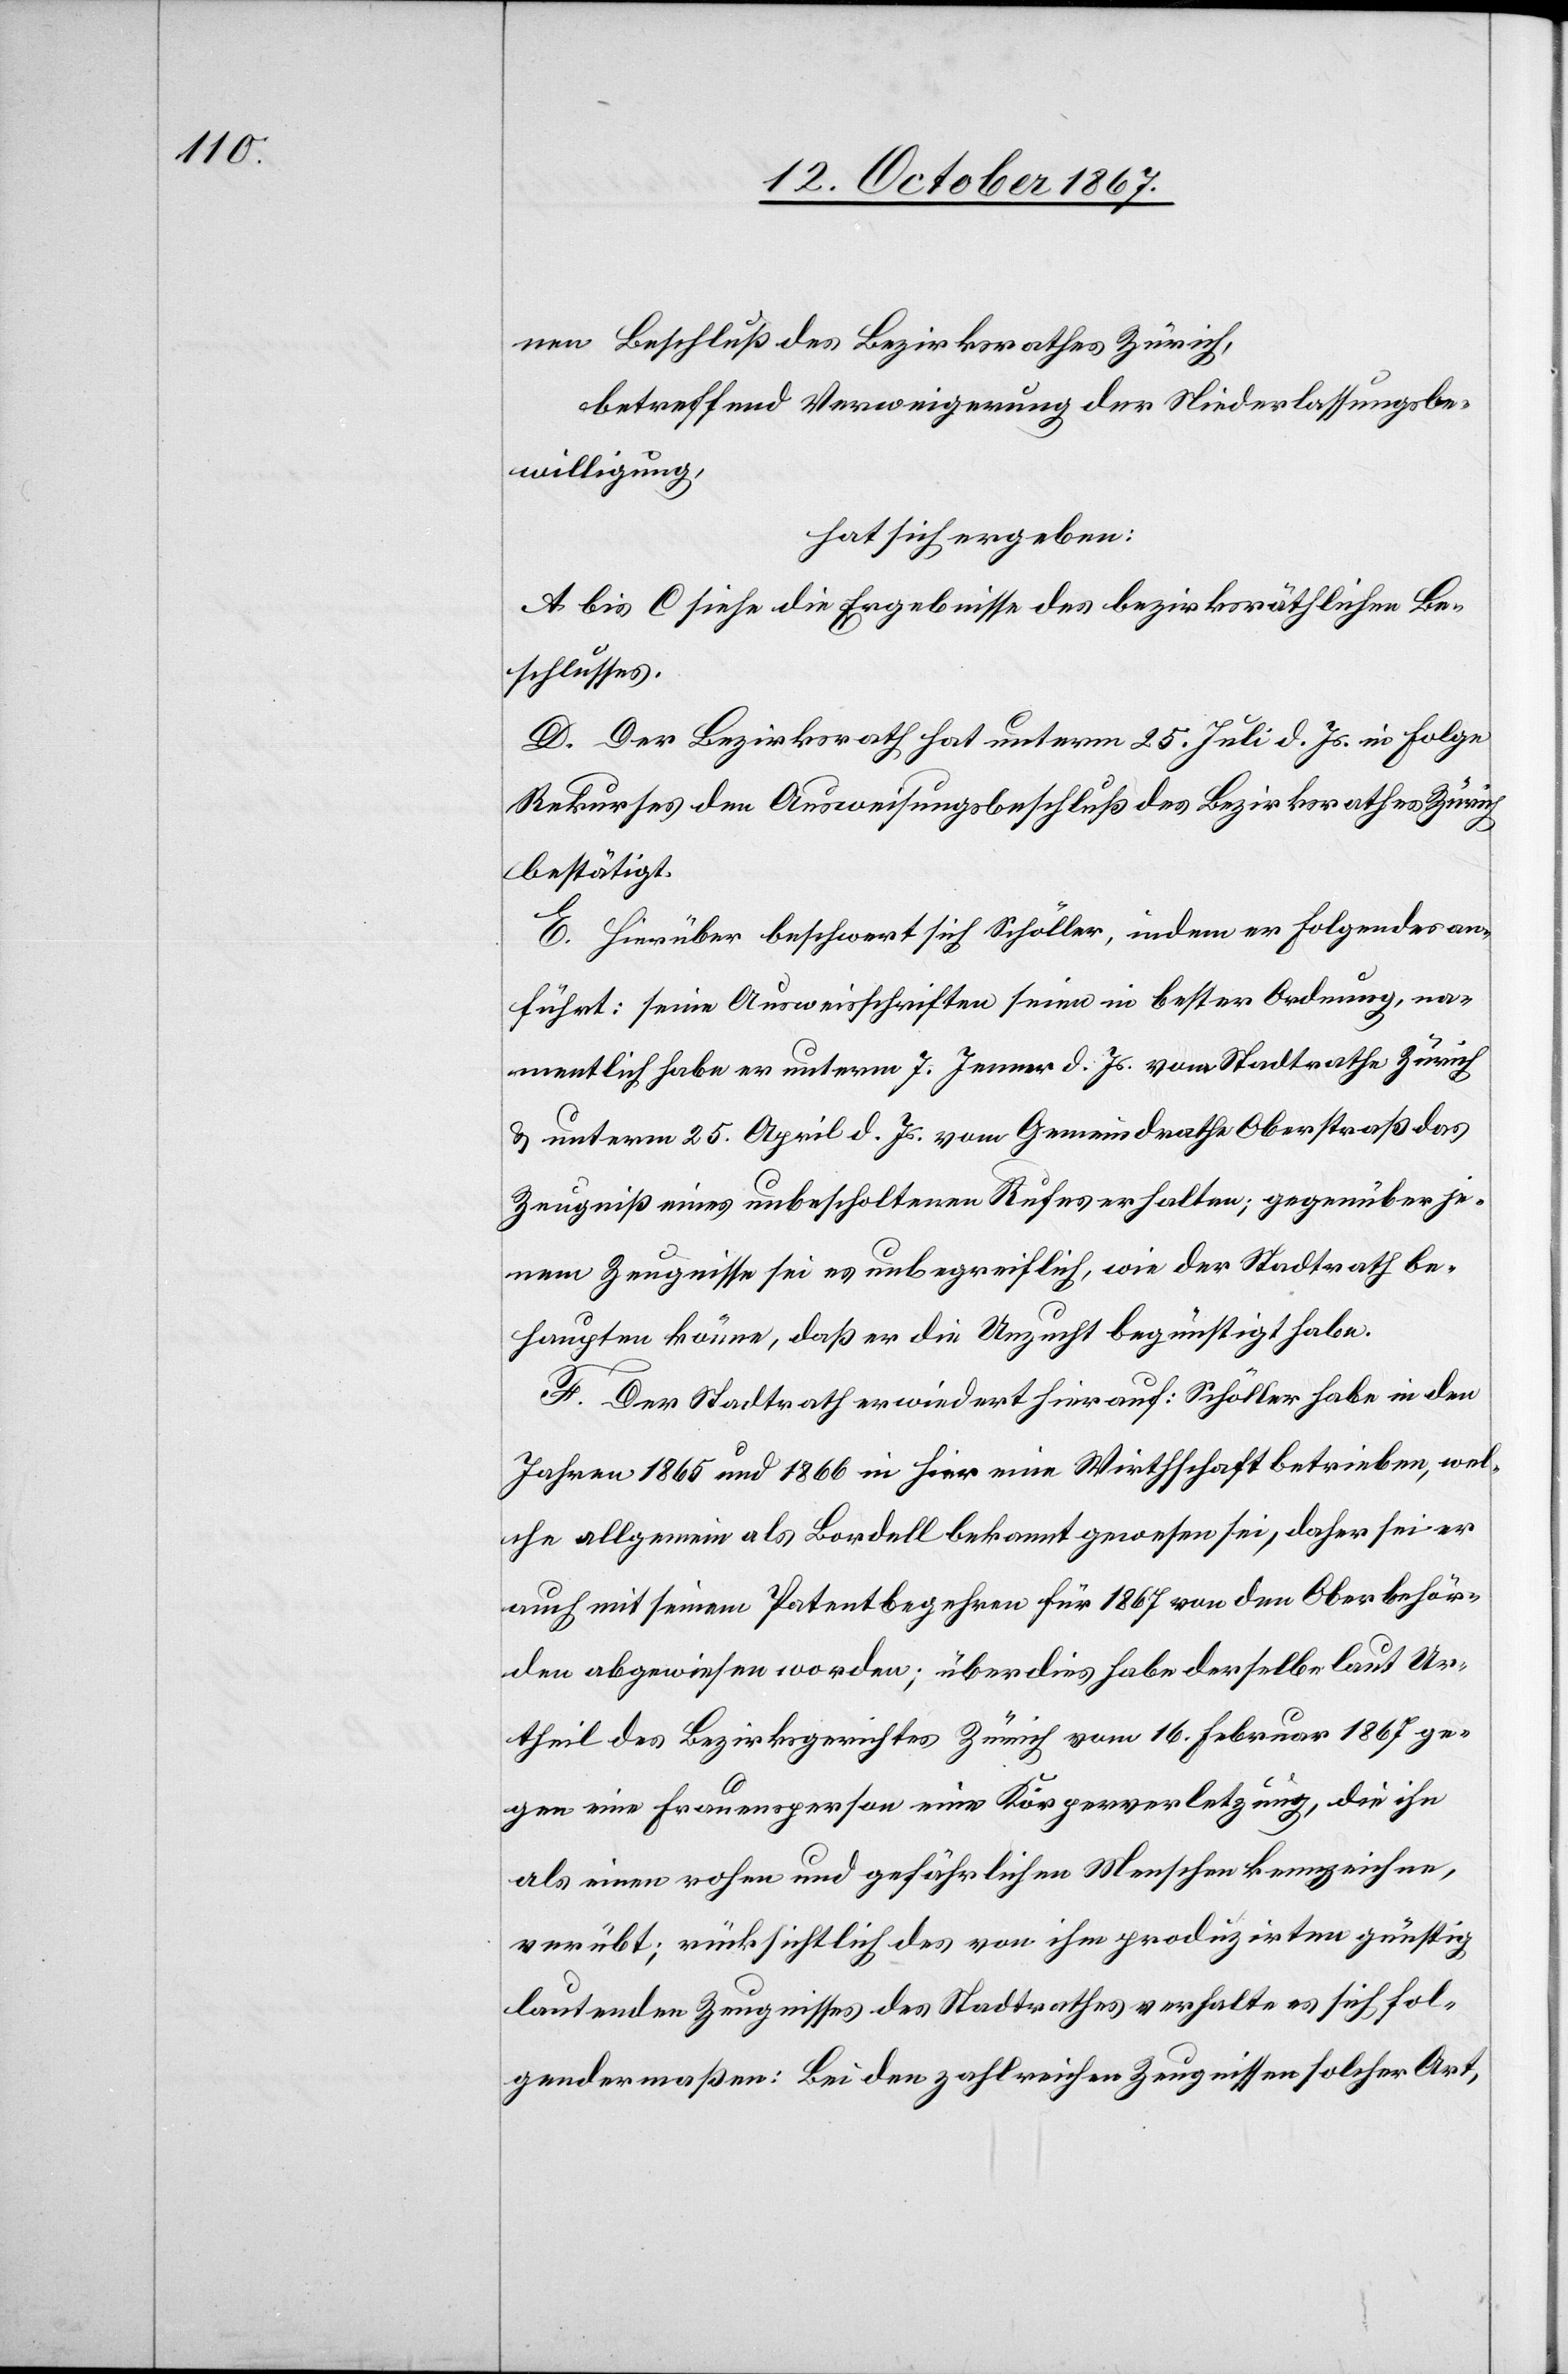
nen Beschluß des Bezirksrathes Zürich,
betreffend Verweigerung der Niederlassungsbe¬
willigung,
hat sich ergeben:
A bis C siehe die Ergebnisse des bezirksräthlichen Be¬
schlusses.
D. Der Bezirksrath hat unterm 25. Juli d. Js. in Folge
Rekurses den Ausweisungsbeschluß des Bezirksrathes Zürich
bestätigt.
E. Hierüber beschwert sich Schöller, indem er Folgendes an¬
führt: seine Ausweisschriften seien in bester Ordnung, na¬
mentlich habe er unterm 7. Jenner d. Js. vom Stadtrathe Zürich
u. unterm 25. April d. Js. vom Gemeindrathe Oberstraß das
Zeugniß eines unbescholtenen Rufes erhalten; gegenüber je¬
nen Zeugnissen sei es unbegreiflich, wie der Stadtrath be¬
haupten könne, daß er die Unzucht begünstigt habe.
F. Der Stadtrath erwiedert hierauf: Schöller habe in den
Jahren 1865 und 1866 in hier eine Wirthschaft betrieben, wel¬
che allgemein als Bordell bekannt gewesen sei, daher sei er
auch mit seinem Patentbegehren für 1867 von den Oberbehör¬
den abgewiesen worden; überdies habe derselbe laut Ur¬
theil des Bezirksgerichtes Zürich vom 16. Februar 1867 ge¬
gen eine Frauensperson eine Körperverletzung, die ihn
als einen rohen und gefährlichen Menschen kennzeichne,
verübt; rücksichtlich des von ihm produzirten günstig
lautenden Zeugnisses des Stadtrathes verhalte es sich fol¬
gendermaßen: Bei den zahlriechen Zeugnissen solcher Art,